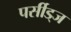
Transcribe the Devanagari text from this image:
पर्सीड्‌ज